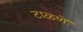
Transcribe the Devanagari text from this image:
टाळणें